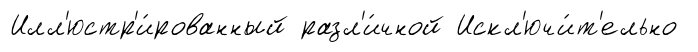
Илл'юстр'и́рованный разл'и́чной Искл'ючи́т'ельно